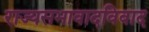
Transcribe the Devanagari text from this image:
राज्यसभावादविवाद